Calcutta medical institutions reports 1871-78
Year: 1871
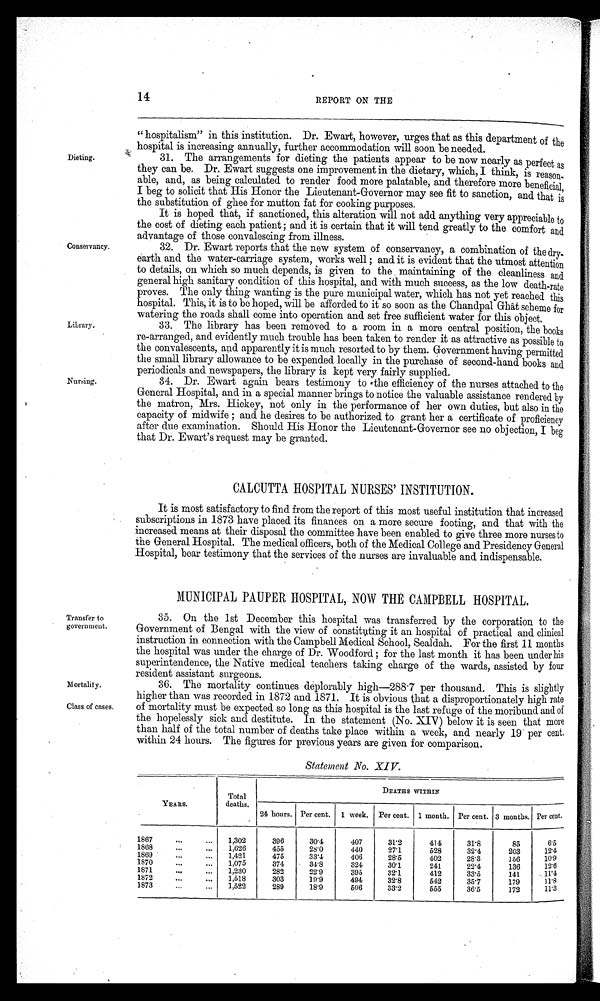
Nursing.
Transfer to
government.
Mortality.
Class of cases,
14
REPORT ON THE
Dieting.
Conservancy.
Library.
" hospitalism" in this institution. Dr. Ewart, however, urges that as this department of the
hospital is increasing annually, further accommodation will soon be needed.
31. The arrangements for dieting the patients appear to be now nearly as perfect as
they can be. Dr. Ewart suggests one improvement in the dietary, which, I think, is reason
- able, and, as being calculated to render food more palatable, and therefore more beneficial
, I beg to solicit that His Honor the Lieutenant-Governor may see fit to sanction, and that is
the substitution of ghee for mutton fat for cooking purposes.
It is hoped that, if sanctioned, this alteration will not add anything very appreciable to
the cost of dieting each patient; and it is certain that it will tend greatly to the comfort and
advantage of those convalescing from illness.
32. Dr. Ewart reports that the new system of conservancy, a combination of the dry
- earth and the water-carriage system, works well; and it is evident that the utmost attention
to details, on which so much depends, is given to the maintaining of the cleanliness and
general high sanitary condition of this hospital, and with much success, as the low death-rate
proves. The only thing wanting is the pure municipal water, which has not yet reached this
hospital. This, it is to be hoped, will be afforded to it so soon as the Chandpal Ghât scheme for
watering the roads shall come into operation and set free sufficient water for this object.
33. The library has been removed to a room in a more central position, the books
re-arranged, and evidently much trouble has been taken to render it as attractive as possible to
the convalescents, and apparently it is much resorted to by them. Government having permitted
the small library allowance to be expended locally in the purchase of second-hand books and
periodicals and newspapers, the library is kept very fairly supplied.
34. Dr. Ewart again bears testimony to the efficiency of the nurses attached to the
General Hospital, and in a special manner brings to notice the valuable assistance rendered by
the matron, Mrs. Hickey, not only in the performance of her own duties, but also in the
capacity of midwife; and he desires to be authorized to grant her a certificate of proficiency
after due examination. Should His Honor the Lieutenant-Governor see no objection, I beg
that Dr. Ewart's request may be granted.
CALCUTTA HOSPITAL NURSES' INSTITUTION.
It is most satisfactory to find from the report of this most useful institution that increased
subscriptions in 1873 have placed its finances on a more secure footing, and that with the
increased means at their disposal the committee have been enabled to give three more nurses to
the General Hospital. The medical officers, both of the Medical College and Presidency General
Hospital, bear testimony that the services of the nurses are invaluable and indispensable.
MUNICIPAL PAUPER HOSPITAL, NOW THE CAMPBELL HOSPITAL.
35. On the 1st December this hospital was transferred by the corporation to the
Government of Bengal with the view of constituting . it an hospital of practical and clinical
instruction in connection with the Campbell Medical School, Sealdah. For the first 11 months
the hospital was under the charge of Dr. Woodford; for the last month it has been under his
superintendence, the Native medical teachers taking charge of the wards, assisted by four
resident assistant surgeons.
36. The mortality continues deplorably high—288 .7 per thousand. This is slightly
higher than was recorded in 1872 and 1871. It is obvious that a disproportionately high rate
of mortality must be expected so long as this hospital is the last refuge of the moribund and of
the hopelessly sick and destitute. In the statement (No. XIV) below it is seen that more
than half of the total number of deaths take place within a week, and nearly 19 per cent.
within 24 hours. The figures for previous years are given for comparison.
YEARS.
Total
deaths.
Statement No. XIV.
DEATHS WITHIN
24 hours. Per cent. 1 week. Per cent. 1 month. Per cent. 3 months. Per cent.
1867
1,302
396
30·4
407
31·2
414
31·8
85
6·5
1868
1,626
455
28·0
440
27·1
528
32·4
203
1 2 · 4
1869
1,421
475
33·4
406
28·5
402
28·3
156
10·9
1870
1,075
374
34..8
324
30·1
241
22·4
136
12·6
1871
1,230
282
22·9
395
32·1
412
33.5
141
11·4
1872
1,518
303
19·9
494
32·8
542
35·7
179
11·8
1873
1,522
289
18·9
506
33.2
555
36·5
172
11·3